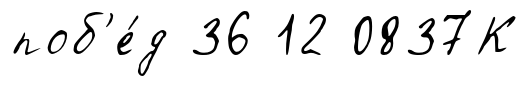
поб'е́д 36 12 0837К